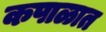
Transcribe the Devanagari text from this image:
कपाळात